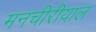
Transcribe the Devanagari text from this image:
मनचीरीयाल